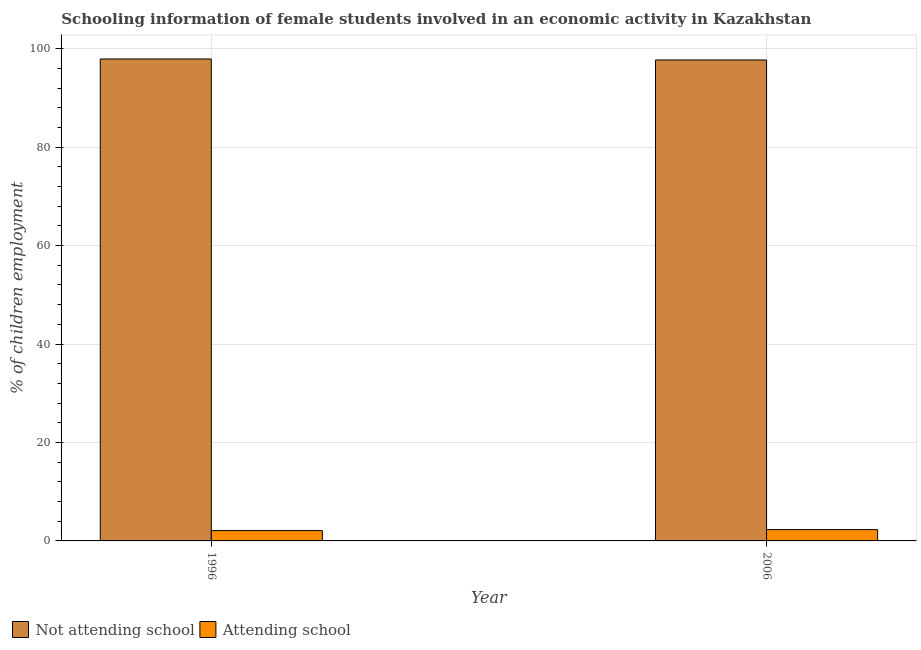
| Year | Not attending school | Attending school |
 | --- | --- | --- |
 | 1996 | 97.9 | 2.1 |
 | 2006 | 97.7 | 2.3 |